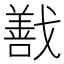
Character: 𭟽